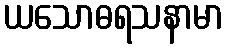
ယသောဓရသနာမာ